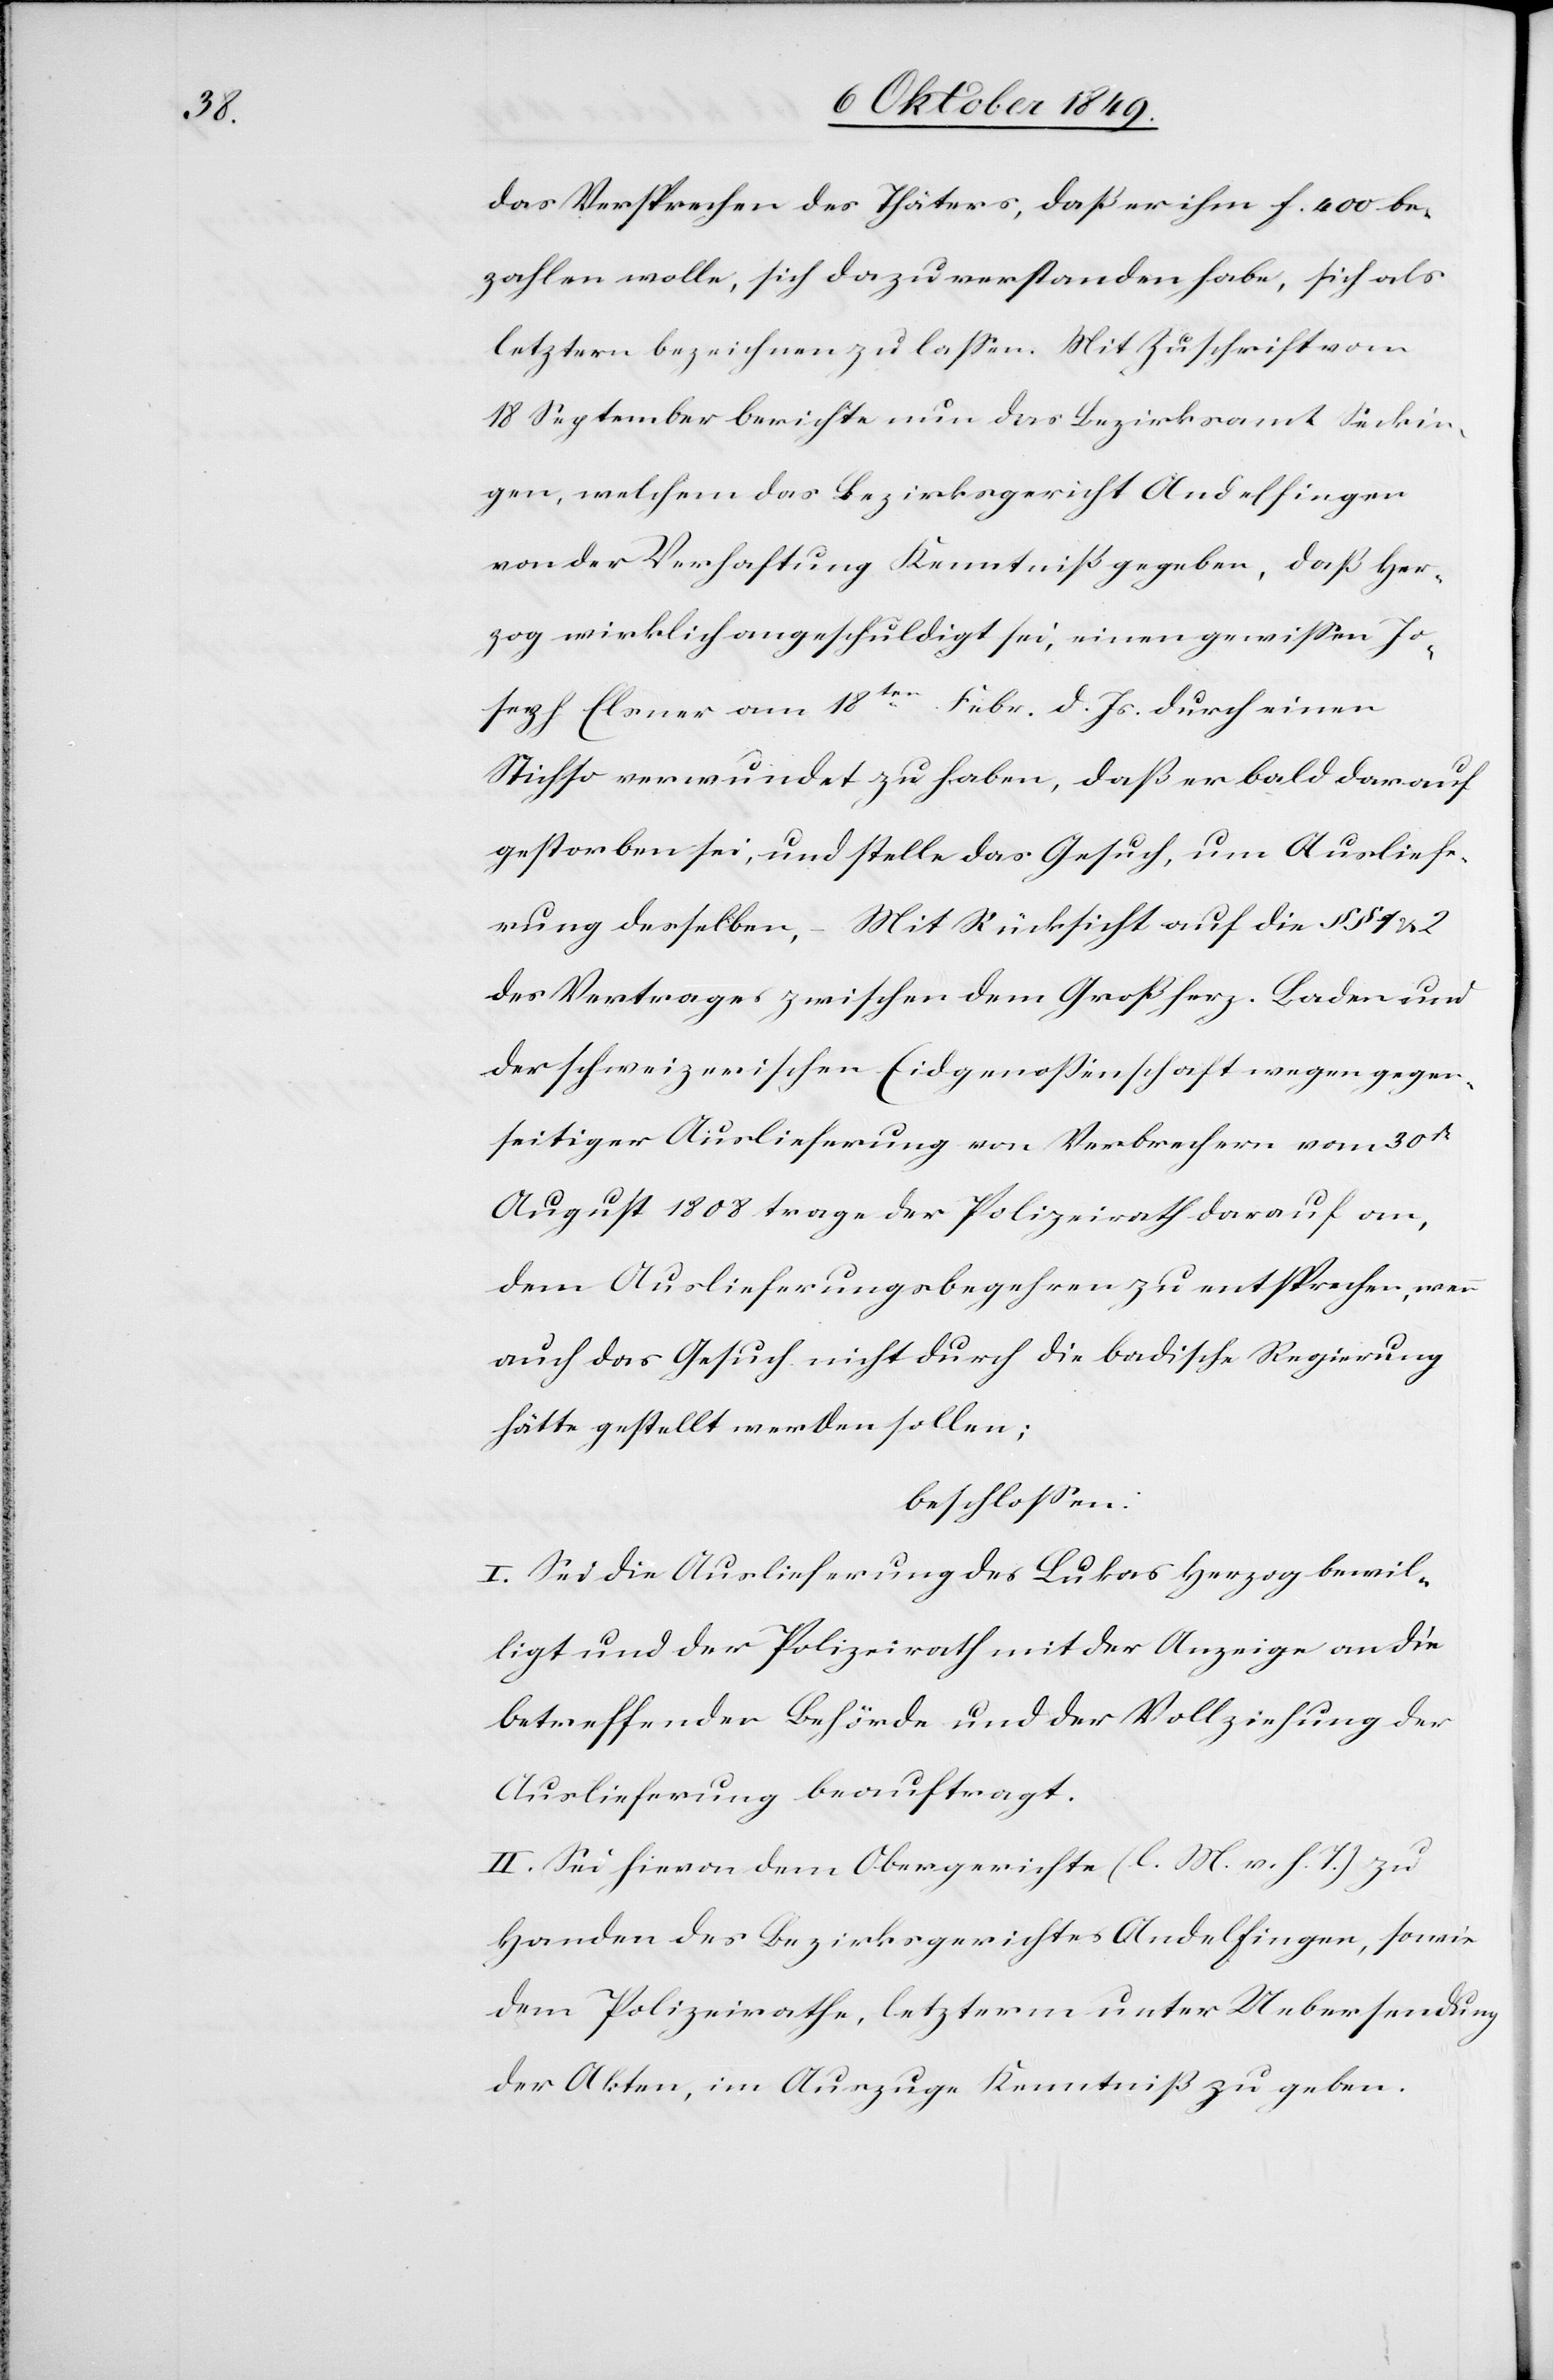
das Versprechen des Thäters, daß er ihm f. 400 be¬
zahlen wolle, sich dazu verstanden habe, sich als
letztern bezeichnen zu laßen. Mit Zuschrift vom
18 September berichte nun das Bezirksamt Seckin¬
gen, welchem das Bezirksgericht Andelfingen
von der Verhaftung Kenntniß gegeben, daß Her¬
zog wirklich angeschuldigt sei, einem gewißen Jo¬
seph Elsner am 18ten Febr. d. Js. durch einen
Stich so verwundet zu haben, daß er bald darauf
gestorben sei, und stelle das Gesuch, um Ausliefe¬
rung desselben, – Mit Rücksicht auf die §§ 1 u. 2
des Vertrages zwischen dem Großherz. Baden und
der schweizerischen Eidgenossenschaft wegen gegen¬
seitiger Auslieferung von Verbrechern vom 30t
August 1808 trage der Polizeirath darauf an,
dem Auslieferungsbegehren zu entsprechen, wenn
auch das Gesuch nicht durch die badische Regierung
hätte gestellt werden sollen;
beschloßen:
I. Sei die Auslieferung des Lukas Herzog bewil¬
ligt und der Polizeirath mit der Anzeige an die
betreffenden [sic!] Behörde und der Vollziehung der
Auslieferung beauftragt.
II. Sei hievon dem Obergerichte [l. M. v. h. T] zu
Handen des Bezirksgerichtes Andelfingen, sowie
dem Polizeirathe, letzterm unter Uebersendung
der Akten, im Auszuge Kenntniß zu geben.